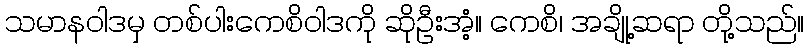
သမာနဝါဒမှ တစ်ပါးကေစိဝါဒကို ဆိုဦးအံ့။ ကေစိ၊ အချို့ဆရာ တို့သည်။